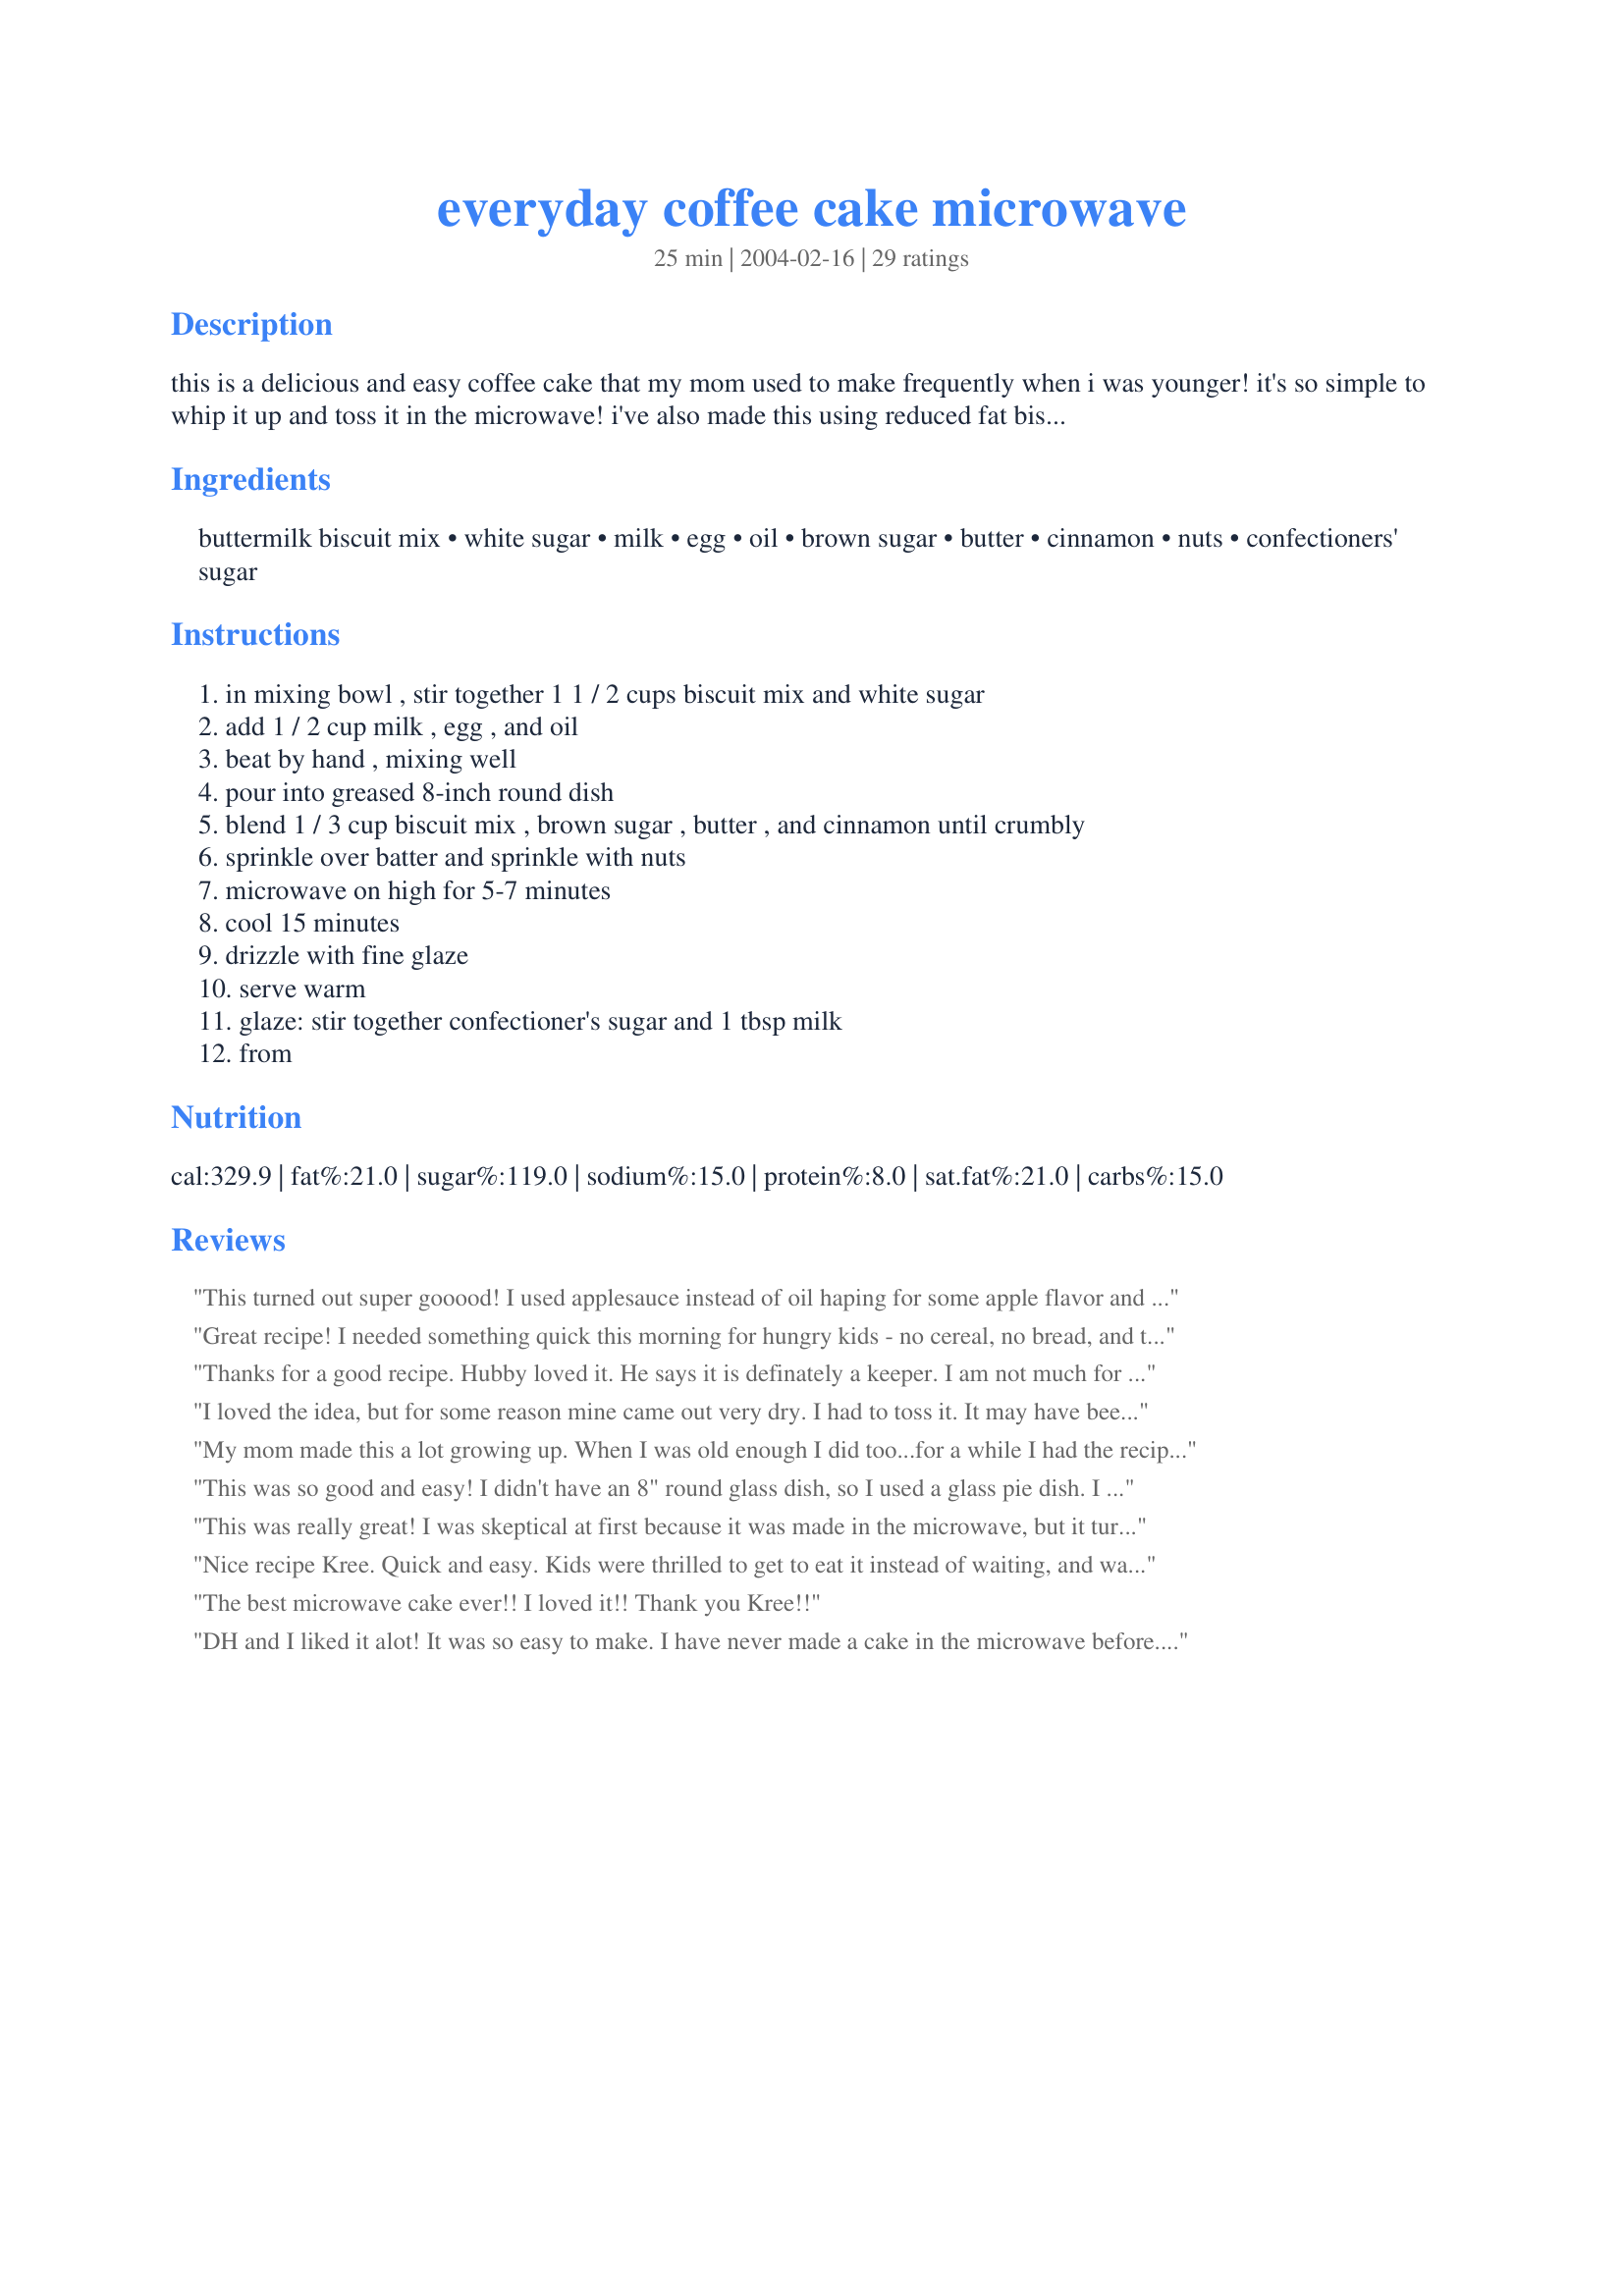
everyday coffee cake microwave
Preparation time: 25 minutes

this is a delicious and easy coffee cake that my mom used to make frequently when i was younger! it's so simple to whip it up and toss it in the microwave! i've also made this using reduced fat bisquick, applesauce in place of the oil, and egg beaters in the batter to make it a little healthier, and it still tasted fabulous.

Ingredients:
buttermilk biscuit mix, white sugar, milk, egg, oil, brown sugar, butter, cinnamon, nuts, confectioners' sugar

Steps:
in mixing bowl , stir together 1 1 / 2 cups biscuit mix and white sugar, add 1 / 2 cup milk , egg , and oil, beat by hand , mixing well, pour into greased 8-inch round dish, blend 1 / 3 cup biscuit mix , brown sugar , butter , and cinnamon until crumbly, sprinkle over batter and sprinkle with nuts, microwave on high for 5-7 minutes, cool 15 minutes, drizzle with fine glaze, serve warm, glaze: stir together confectioner's sugar and 1 tbsp milk, from

Reviews:
This turned out super gooood! I used applesauce instead of oil haping for some apple flavor and texture, but I guess I needed chunks of apple tooo. The flavor was lovely, but not "appley". It didn't have crunchy edges, but I can live with that. It's easy and fast. I used a gallon storage bag for mixing, so no clean up! This will become a staple for snacks around here. And if I want crunchy edges, I can always bake it...
Great recipe! I needed something quick this morning for hungry kids - no cereal, no bread, and tired of waffles and pancakes. It was a big hit with them and DH. I made a warm pan of hot chocolate to go with it. I cooked it the full 7 minutes and it was pretty dry, next time it will be less. Thanks for an easy and great recipe!
Thanks for a good recipe. Hubby loved it. He says it is definately a keeper. I am not much for bisquick, but it was good. Next time, I will cook only 6 minutes. Microwaves are not the same and mine made it just a bit dry. I love nuts, so I added 1/2 cup instead of 1/4.
I loved the idea, but for some reason mine came out very dry. I had to toss it. It may have been that I kept it in for 7 minutes. I'll try it again at 6. It may have been because of the bowl I had it in too. We'll see next time.
My mom made this a lot growing up. When I was old enough I did too...for a while I had the recipe memorized! It isn't the most delicious coffee cake, but for speed, ease, and cleanup it can't be beat. I adore this recipe and am so glad to see it here!
This was so good and easy! I didn't have an 8" round glass dish, so I used a glass pie dish. I cooked for 5 minutes and believe it or not, it was a tad dry, but I think that was because the cake probably spread more in the pie plate and my also because my microwave is radioactive! Instead of cinnamon, I used Baking Spice Blend Mix Recipe #145505, which really added something special. I used walnuts for the nuts and everyone really loved the combination. Thanks for posting! P.S. I should mention that I used Heart Smart Bisquick.
This was really great! I was skeptical at first because it was made in the microwave, but it turned out wonderful!
Nice recipe Kree. Quick and easy. Kids were thrilled to get to eat it instead of waiting, and waiting, and waiting. Also, no soggy middle! Thanks for a keeper.
The best microwave cake ever!! I loved it!! Thank you Kree!!
DH and I liked it alot! It was so easy to make. I have never made a cake in the microwave before. I will definitely be making this again. I didn't have any milk on hand so used evaporated milk instead. It still turned out great. I cooked it on high for 6 minutes but when i took it out of the microwave it didn't seem done. I put it back in for another minute and this time it was over cooked. LOL I guess i need to figure out a time in between for it to be perfect. Othe than the minor glitch it was really good.
If I could, i'd give this 4 and a half stars. Its delicious, and tastes sort of like cornbread with sweet goodness ontop. I had to eyeball the amount of oil I added. Also, I added 1/2 a teaspoon of vanilla to the glaze because I cant handle the raw sugar taste. I didn't have cinnamon so I sprinkled a little bit of pumpkin pie spice over the top. It's delicious! I'm on my 3rd piece. Oh yeah, I used a 8x8 glass square dish! :) <br/><br/>Happy Baking!
so good and so easy. i microwaved in an 8x8 square glass dish on high for 6 minutes.. it came out perfect.
I am gonna give this a whirl in the AM. My oldest doesn't like chocolate, and I made microwave brownie pudding cake tonight. And to my vegan friends. Bisquick is not vegan. It has dairy, and eggs in it. The reduce fat Bisquick has been said to be vegan but double check. (Sometimes companies change formulations.) However, Veganista's sub is a perfect alternative.
very easy to put together and 7 minutes in the micro is right on! great flavor, i love micro cooking!
Thought I'd reviewed this, but guess I forgot. I've made this several times, now. I make it in the same casserole dish pictured. :) I've used different times and different power settings, but it always comes out dry. After initial serving, I cover it, too. My boys love it, mainly b/c of the sweet glaze. I've also layered the batter with additional nuts and sugar mix (double), which makes it tastier. But you have to be careful to not take the sugar layer to the sides of the pan. I will make this when I need a cheap, fast, warm breakfast for the kids, served w/fruit.
So quick and easy. Tasty too! I made it for breakfast this morning for the kids. They loved it! It was done in 6 minutes in my microwave. 
Thanks for sharing Kree!!
Great!I had tried this before but let it for the full seven minutes and it was super dry and hard.What I did this time was put it for only six minutes exactly and it was perfect.Soft warm and delicious!I have a sweet tooth so this will be perfect for when I want something quick.Thank you so much!
This is FANTASTIC! I used reduced fat Bisquick, applesauce in place of the oil and butter and Splenda in place of the sugar. You could not tell any of these changes were made. This is the quickest way I have ever made a coffecake and it is wonderful. I did cook a little too long at 8 min. Next time I will go for 7. Thanks, this will be a regular on our weekly breakfast rotation.


I've never baked in the microwave before, but this is awesome! Thanks. I used reduced fat Bisquick, applesauce for both oil and butter, and water in place of the milk, and it was still wonderful.
This coffee cake was really good and I loved that it was made in the microwave! I used a 7-1/2 inch round pyrex dish I had and it worked well. I forgot to try it with the egg substitute (next time :D)..... I did sub the oil in the batter with 2 heaping tablespoons of applesauce but I did use the butter in the topping. It was just a tad dry without the glaze, but with some tweaking for my microwave I am still very happy with the results and my family really liked it too. Thank you for this great recipe, we can't wait to have it again!
Hi Kree, made your microwave everyday coffee cake, it turned out just wonderful.... I had short notice that company was coming over in the afternoon, I needed something FAST and easy, I spoted your recipe,and decided to give it a tr..., I was not dissapointed, for a cake made in the microwave, this turned out super, it was very moist, and had a wonderful taste. I have to admit, I was a bit hesitant, I have never made a cake in the microwave before, but I sure will be making this one again soon. Thank you for a quick and delicious cake recipe, we all enjoyed it very much :-)
I've made this so many times now; I can't believe I haven't yet reviewed it. Everyone I've made it for raves about it. The only thing I can't seem to grasp is how to get the crumbs to stay crumbly -- they always melt all over the cake in the microwave. I've even tried putting them on in the last few minutes of cooking, but to no avail. Oh well. It doesn't take away from how good this cake it. Simple, easy, FAST. Love, love, love it. Thanks, Kree!!
This is my only coffee cake from now on. Only had an 8-inch metal pan, so preheated oven to 350F and baked 30 minutes. Used regular Bisquik; couldn't find buttermilk. It puffs up, so don't be surprised. I also toasted 1/2 c. chopped walnuts in a frying pan on medium-high, then chopped them up a little more. I make topping first, then cake, then when cake is baking, the icing. Perfect! I highly reccommend this! Very fast and easy!
What a quick yummy recipe! The flavor is great and the time it takes to pull it together earns it 5 stars in my books. Thanks for the great recipe.
I wish I could give this ten stars! My family often asks for coffee cake for breakfast and I just don't ever have the time to make it! The fact that you can bake this in the microwave is awesome! I also make it low fat, low sugar and my kids love it! Thanks so much for taking the time to post such a nice family friendly recipe!
This is the best coffee cake recipe! I through it together in minutes and I couldn't believe how great it turned out! It really does melt in your mouth. Thanks!
On the first day of summer vacation I wanted something special but it's also my vacation, so I wanted something easy. I ended up cooking this for 8 minutes. It still looked uncooked, but that was the topping. This was a decent microwave baked good and one I could use in a pinch. It won't replace a regular coffee cake, but it was good in a pinch. Thanks Kree!
Absolutely delicious! I want to share that if you've got a 1000 watt microwave to cook at 6 min, no longer. Maybe even 5:45 or so. My edges came out slightly tough but the center was perfect. Light and fluffy! That's why I say it'll probably work at less than 6. Also, for my fellow Vegans or any other who doesn't want dairy, I used Earth Balance (vegan butter), Ener-G Egg replacer and Almond Milk instead. I have to say that the glaze tastes just like that of a crispy creme donut. This did take maybe 10 min or so to prepare but glad it only took 6 min to cook. I will be making this often. Thank you for sharing. Oh, also I didn't use Buttermilk Bisquick, just the plain/regular kind.

UPDATE Sept. 18, 09: I ran out of Bisquick but wanted to bake this. So I used a Bisquick substitute of: 1C Flour, 1TB Crisco, 1.5 T Baking Powder, 1/4T Salt. That made about 1.25C of mix. So, if anyone chooses to sub with this I'd recommend using 1/2C sugar rather than 1/4. Again, and as always, Great Recipe!
Excellent. Didn't use the glaze to save calories. Adjusted for high altitude, otherwise made as directed. Very tasty, easy, quick and not a lot of dishes either. Kept the house cool. Thanks for that. Will make again, 4 sure!
